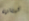
لبنانية